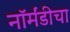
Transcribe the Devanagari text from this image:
नॉर्मंडीचा